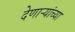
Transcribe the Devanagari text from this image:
देणाऱ्यांच्या